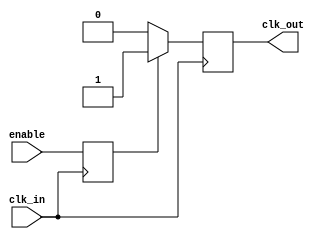
module ClockGatingBuffer (
    input wire clk_in,    // Primary clock input
    input wire enable,    // Control signal to enable/disable clock
    output reg clk_out    // Gated clock output
);

// Internal signal to synchronize the enable signal
reg enable_sync;

// Synchronize the enable signal to the clock domain of clk_in
always @(posedge clk_in) begin
    enable_sync <= enable; // Synchronize enable signal
end

// Gated clock logic
always @(posedge clk_in) begin
    if (enable_sync) begin
        clk_out <= 1'b1; // Pass through the clock signal
    end else begin
        clk_out <= 1'b0; // Suppress the clock signal
    end
end

endmodule